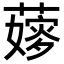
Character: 𦾘